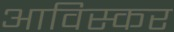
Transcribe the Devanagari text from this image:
आविस्कर